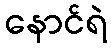
နောင်ရဲ